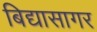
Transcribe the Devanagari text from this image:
बिद्यासागर